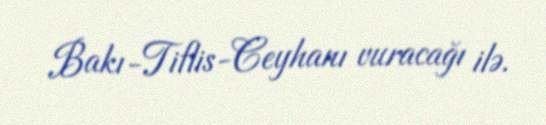
Bakı-Tiflis-Ceyhanı vuracağı ilə.